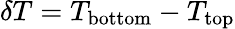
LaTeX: \delta T=T_{\mathrm{bottom}}-T_{\mathrm{top}}